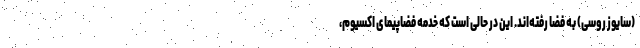
(سایوز روسی) به فضا رفته‌اند. این در حالی است که خدمه فضاپیمای اکسیوم،